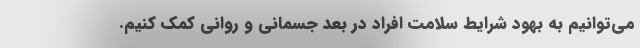
می‌توانیم به بهود شرایط سلامت افراد در بعد جسمانی و روانی کمک کنیم.